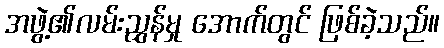
အဖွဲ့၏လမ်းညွှန်မှု အောက်တွင် ဖြစ်ခဲ့သည်။